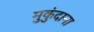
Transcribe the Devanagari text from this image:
मुकुंदाना